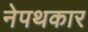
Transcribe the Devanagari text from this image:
नेपथकार